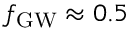
\ensuremath { f _ { \mathrm { G W } } } \approx 0 . 5